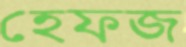
হেফজ